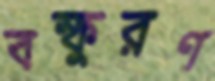
বস্ফুরণ